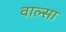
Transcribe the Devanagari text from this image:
वाल्सा